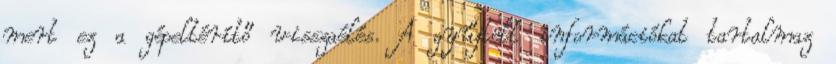
mert ez a gépeltérítő visszaélés. A gyűjtött információkat tartalmaz